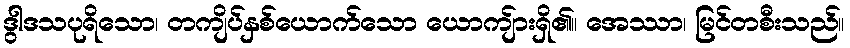
ဒွါဒသပုရိသော၊ တကျိပ်နှစ်ယောက်သော ယောကျ်ားရှိ၏။ အေဿာ၊ မြင်တစီးသည်။